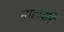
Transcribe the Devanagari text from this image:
माहावरि